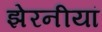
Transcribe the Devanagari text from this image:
झेरनीयां